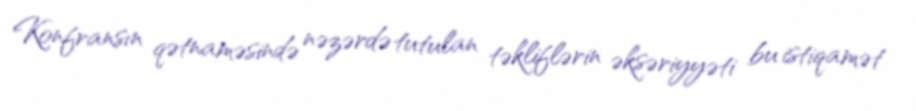
Konfransın qətnaməsində nəzərdə tutulan təkliflərin əksəriyyəti bu istiqamət